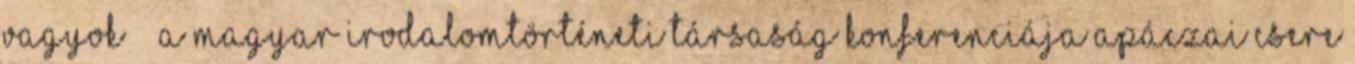
vagyok” – A Magyar Irodalomtörténeti Társaság konferenciája Apáczai Csere